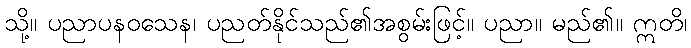
သို့။ ပညာပနဝသေန၊ ပညတ်နိုင်သည်၏အစွမ်းဖြင့်။ ပညာ။ မည်၏။ ဣတိ၊